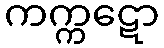
ကက္ကဋော